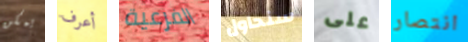
يمكن أعرف الفرعية سنحاول على انتصار